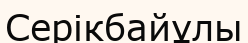
Серікбайұлы